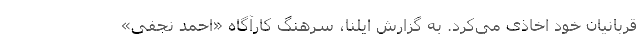
قربانیان خود اخاذی می‌کرد. به گزارش ایلنا، سرهنگ کارآگاه «احمد نجفی»